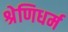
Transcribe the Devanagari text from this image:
श्रेणिधर्म